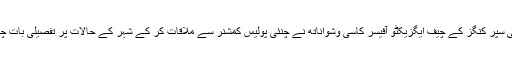
اب چنئی سپر کنگز کے چیف ایگزیکٹو آفیسر کاسی وشواناتھ نے چنئی پولیس کمشنر سے ملاقات کر کے شہر کے حالات پر تفصیلی بات چیت کی۔